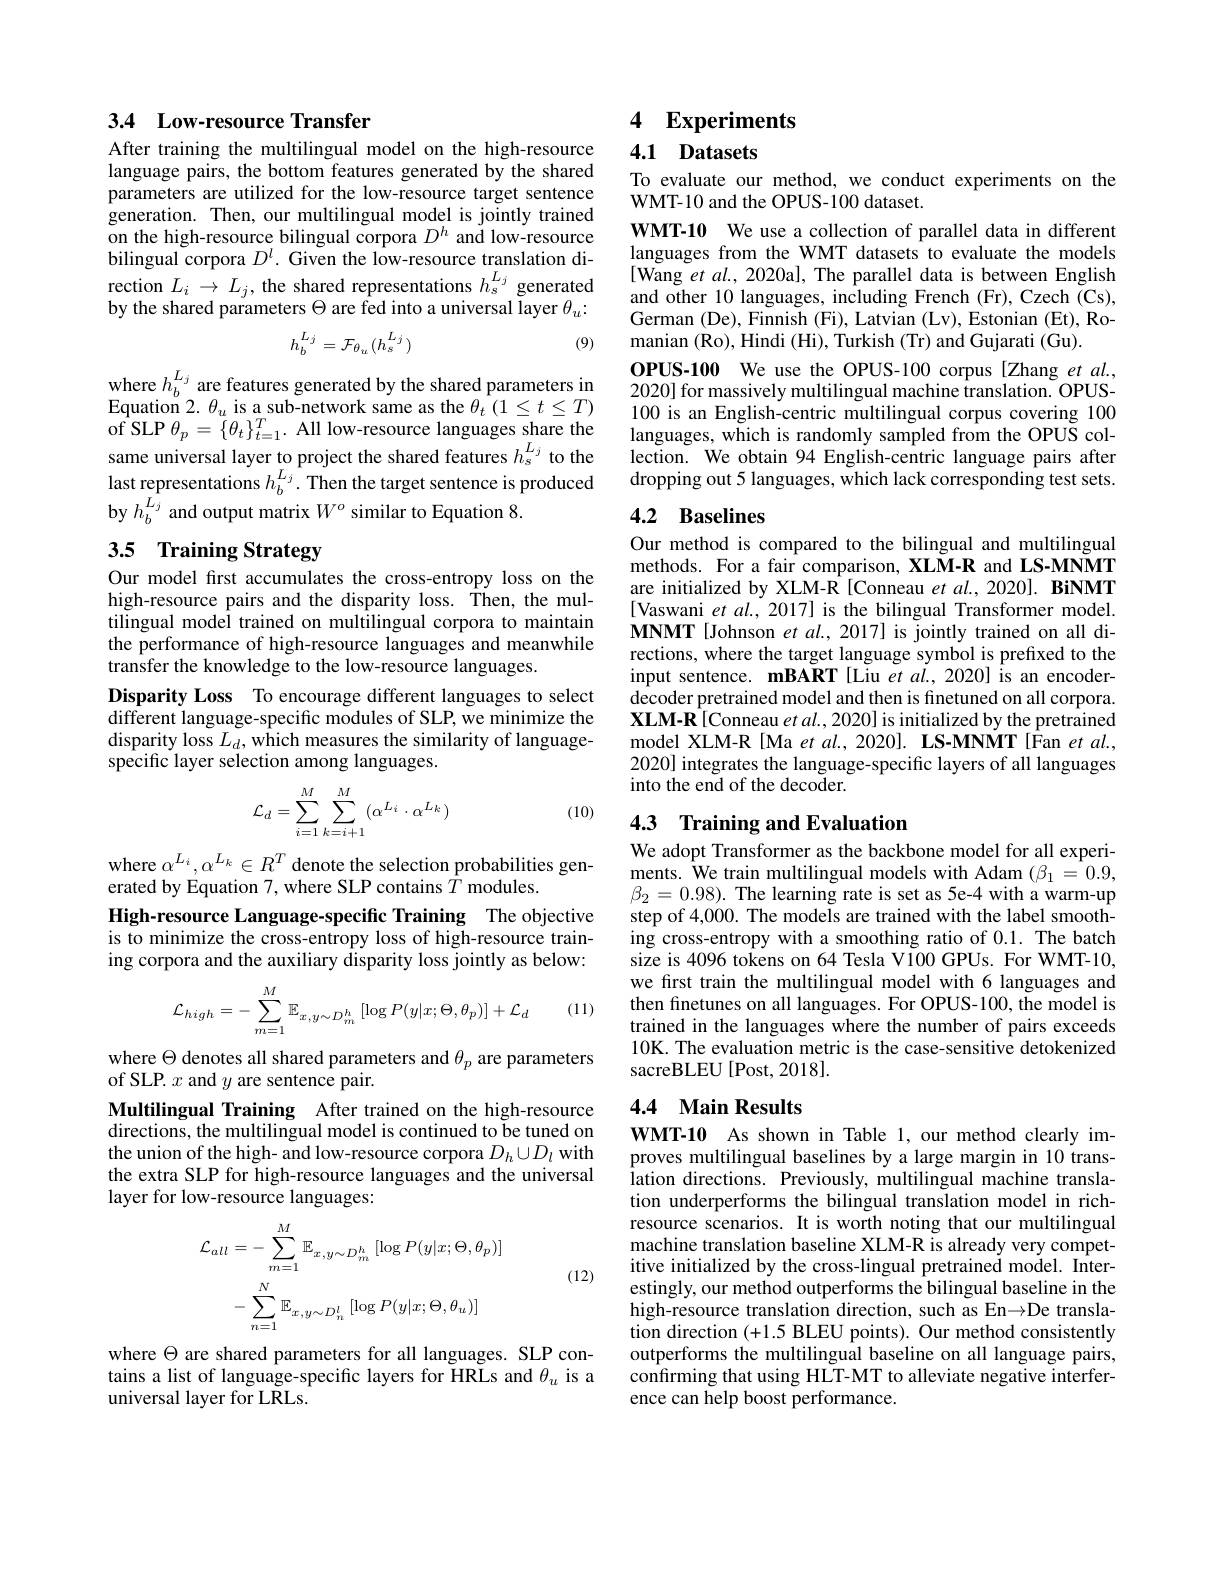
## 3.4 Low-resource Transfer

After training the multilingual model on the high-resource language pairs, the bottom features generated by the shared parameters are utilized for the low-resource target sentence generation. Then, our multilingual model is jointly trained on the high-resource bilingual corpora $D^{h}$ and low-resource bilingual corpora $D^l.$ Given the low-resource translation direction $L_i\to L_j$, the shared representations $h_\mathrm{s}^{L_j}$ generated by the shared parameters $\Theta$ are fed into a universal layer $\theta_u{:}$
$$h_b^{L_j}=\mathcal{F}_{\theta_u}(h_s^{L_j})$$
(9)

where $h_b^{L_j}$ are features generated by the shared parameters in Eaution $\gamma_a$ ico ab athe $\theta_1<t<T_0$ Equation 2. $\theta _{u}$ is a sub-network same as the $\theta_{t}^{\prime}\left(1\leq t\leq T\right)$ ${\mathrm{of~SLP~}\theta_{p}=\{\theta_{t}\}_{t=1}^{T}.{\mathrm{~All~low-resource~languages~share~the}}}$ same universal layer to project the shared features $h_s^{L_j}$ to the last representations $h_b^{L_j}.$ Then the target sentence is produced by $h_{b}^{\hat{L_{j}}}$ and output matrix $W^o$ similar to Equation 8.

## 3.5 Training Strategy

Our model first accumulates the cross-entropy loss on the high-resource pairs and the disparity loss. Then, the multilingual model trained on multilingual corpora to maintain the performance of high-resource languages and meanwhile transfer the knowledge to the low-resource languages.
Disparity Loss To encourage different languages to select different language-specific modules of SLP, we minimize the disparity loss $L_d$,which measures the similarity of languagespecific layer selection among languages.
$$\mathcal{L}_d=\sum\limits_{i=1}^M\sum\limits_{k=i+1}^M(\alpha^{L_i}\cdot\alpha^{L_k})$$
(10)

where $\alpha^{L_i},\alpha^{L_k}\in R^T$ denote the selection probabilities gen-
erated by Equation 7, where SLP contains $T$ modules.
High-resource Language-specific Training The objective is to minimize the cross-entropy loss of high-resource training corpora and the auxiliary disparity loss jointly as below:

(11)
$$\mathcal{L}_{high}=-\sum_{m=1}^{M}\mathbb{E}_{x,y\sim D_{m}^{h}}\left[\log P(y|x;\Theta,\theta_{p})\right]+\mathcal{L}_{d}$$
$\begin{array}{l}\mathrm{where~\Theta~denotes~all~shared~parameters~and~\theta_p~are~parameters}\\\mathrm{of~SLP.~}x~\mathrm{and~}y~\mathrm{are~sentence~pair.}\end{array}$ Multilingual Training After trained on the high-resource $\bar{\text{directions, the multilingual model is continued to be tuned on}}$ the union of the high- and low-resource corpora $D_h\cup D_l$ with the extra SLP for high-resource languages and the universal layer for low-resource languages:
$$\begin{aligned}\mathcal{L}_{all}&=-\sum_{m=1}^{M}\mathbb{E}_{x,y\sim D_{m}^{h}}\:[\log P(y|x;\Theta,\theta_{p})]\\&-\sum_{n=1}^{N}\mathbb{E}_{x,y\sim D_{n}^{l}}\:[\log P(y|x;\Theta,\theta_{u})]\end{aligned}$$
(12)

where $\Theta$ are shared parameters for all languages. SLP contains a list of language-specific layers for HRLs and $\theta_u$ is a universal layer for LRLs.

# 4 Experiments

### 4.1 Datasets

To evaluate our method, we conduct experiments on the
WMT-10 and the OPUS-100 dataset.

WMT-10 We use a collection of parallel data in different languages from the WMT datasets to evaluate the models [Wang et al., 2020a], The parallel data is between English and other 10 languages, including French (Fr), Czech (Cs), German (De), Finnish (Fi), Latvian (Lv), Estonian (Et), Romanian (Ro), Hindi (Hi), Turkish (Tr) and Gujarati (Gu)
OPUS-100 We use the OPUS-100 corpus[Zhang et al., 2020] for massively multilingual machine translation. OPUS- 100 is an English-centric multilingual corpus covering 100 languages, which is randomly sampled from the OPUS collection. We obtain 94 English-centric language pairs after dropping out 5 languages, which lack corresponding test sets

### 4.2 Baselines

Our method is compared to the bilingual and multilingual methods. For a fair comparison, XLM-R and LS-MNMT are initialized by XLM-R [Conneau $et\textit{al. , 2020}] . \textbf{ BiNMT}$ [Vaswani $etal,2017]$ is the bilingual Transformer model. MNMT [Johnson et al., 2017] is jointly trained on all directions, where the target language symbol is prefixed to the input sentence. mBART [Liu et al.,2020] is an encoderdecoder pretrained model and then is finetuned on all corpora. XLM-R[Conneau $etal.,2020]$ is initialized by the pretrained model XLM-R[Ma et al., 2020]. LS-MNMT[Fan et al., 2020] integrates the language-specific layers of all languages into the end of the decoder.

# 4.3 Training and Evaluation

We adopt Transformer as the backbone model for all experi- $\begin{array}{l}{\mathrm{ments.~We~train~multilingual~models~with~Adam~}(\beta_{1}=0.9,}\\{\beta_{2}=0.98).~\mathrm{The~learning~rate~is~set~as~5e-4~with~a~warm-up}}\\{\mathrm{step~of~4,000.~The~models~are~trained~with~the~label~smooth-}}\end{array}$ ing cross-entropy with a smoothing ratio of 0.1. The batch size is 4096 tokens on 64 Tesla V100 GPUs. For WMT-10, we first train the multilingual model with 6 languages and then finetunes on all languages. For OPUS-100, the model is trained in the languages where the number of pairs exceeds 10K. The evaluation metric is the case-sensitive detokenized sacreBLEU [Post, 2018].

## 4.4 Main Results

WMT-10 As shown in Table 1,our method clearly improves multilingual baselines by a large margin in 10 translation directions. Previously, multilingual machine translation underperforms the bilingual translation model in richresource scenarios. It is worth noting that our multilingual machine translation baseline XLM-R is already very competitive initialized by the cross-lingual pretrained model. Interestingly, our method outperforms the bilingual baseline in the high-resource translation direction, such as En$\to$De translation direction (+1.5 BLEU points). Our method consistently outperforms the multilingual baseline on all language pairs, confirming that using HLT-MT to alleviate negative interference can help boost performance.